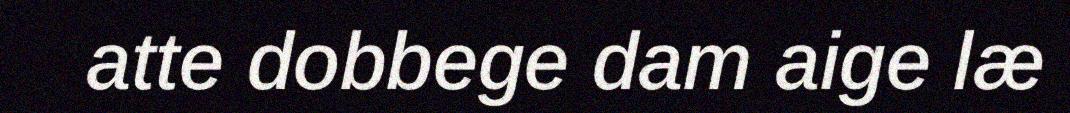
atte dobbege dam aige læ